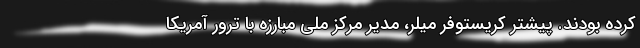
کرده بودند. پیشتر کریستوفر میلر، مدیر مرکز ملی مبارزه با ترور آمریکا